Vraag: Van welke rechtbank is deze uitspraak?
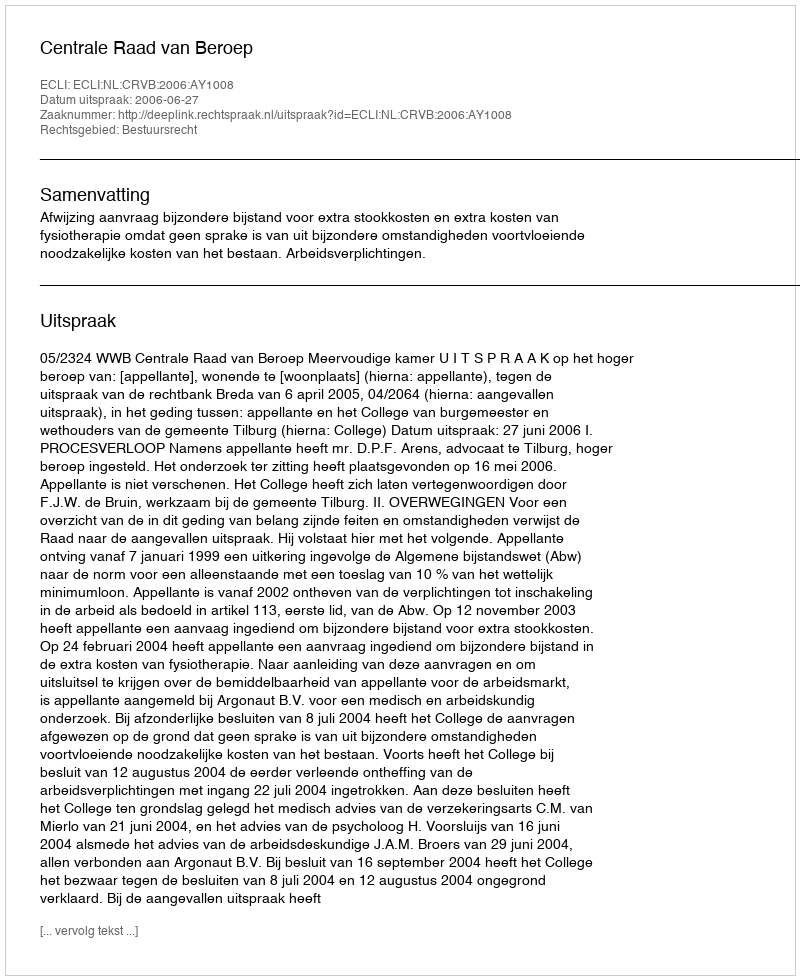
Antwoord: Centrale Raad van Beroep